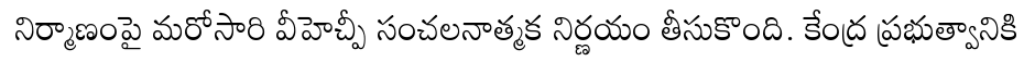
నిర్మాణంపై మరోసారి వీహెచ్పీ సంచలనాత్మక నిర్ణయం తీసుకొంది. కేంద్ర ప్రభుత్వానికి